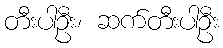
တီးပါဦး၊ ဆက်တီးပါဦး